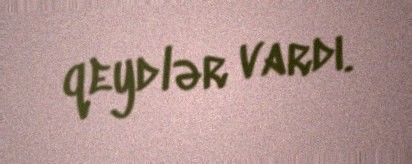
qeydlər vardı.